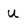
Character: u